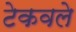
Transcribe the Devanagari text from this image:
टेकवले